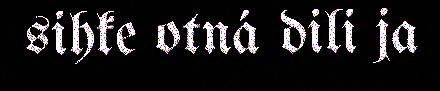
sihke otná dili ja